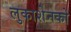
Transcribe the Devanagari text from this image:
लुकाशेनको